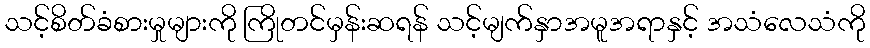
သင့်စိတ်ခံစားမှုများကို ကြိုတင်မှန်းဆရန် သင့်မျက်နှာအမူအရာနှင့် အသံလေသံကို